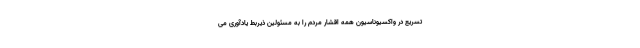
تسریع در واکسیوناسیون همه اقشار مردم را به مسئولین ذیربط یادآوری می